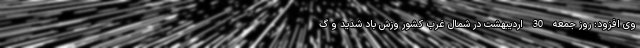
وی افزود:‌ روز جمعه 30 اردیبهشت در شمال غرب کشور وزش باد شدید و گ